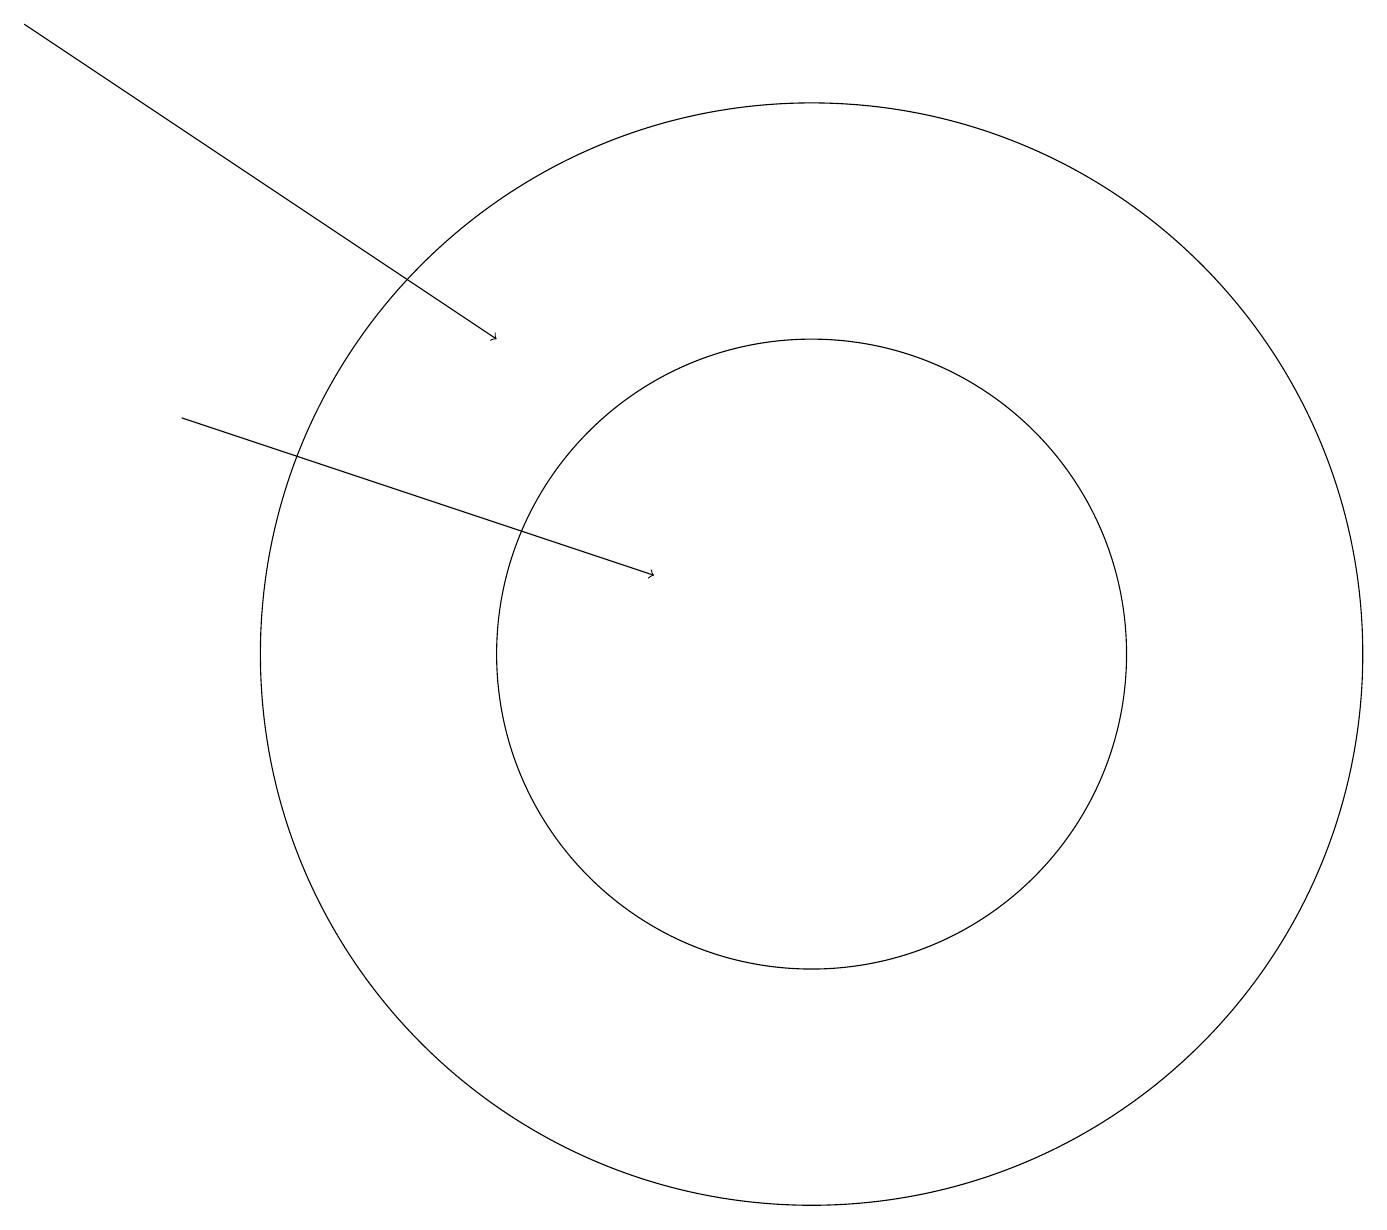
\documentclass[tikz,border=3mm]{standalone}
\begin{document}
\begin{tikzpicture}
\draw (10,11) circle (7);
\draw[->] (0,19) -- (6,15);
\draw (10,11) circle (4);
\draw[->] (2,14) -- (8,12);
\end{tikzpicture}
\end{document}